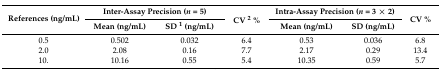
<table><thead><tr><td rowspan="2"><b>References (ng/mL)</b></td><td colspan="2"><b>Inter-Assay Precision (<i>n</i> = 5)</b></td><td rowspan="2"><b>CV <sup>2</sup> %</b></td><td colspan="2"><b>Intra-Assay Precision (<i>n</i> = 3 × 2)</b></td><td rowspan="2"><b>CV %</b></td></tr><tr><td><b>Mean (ng/mL)</b></td><td><b>SD <sup>1</sup> (ng/mL)</b></td><td><b>Mean (ng/mL)</b></td><td><b>SD (ng/mL)</b></td></tr></thead><tbody><tr><td>0.5</td><td>0.502</td><td>0.032</td><td>6.4</td><td>0.53</td><td>0.036</td><td>6.8</td></tr><tr><td>2.0</td><td>2.08</td><td>0.16</td><td>7.7</td><td>2.17</td><td>0.29</td><td>13.4</td></tr><tr><td>10.</td><td>10.16</td><td>0.55</td><td>5.4</td><td>10.35</td><td>0.59</td><td>5.7</td></tr></tbody></table>